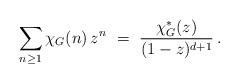
LaTeX: \begin{align*} \sum_{ n \ge 1 } \chi_G(n) \, z^n \ = \ \frac{ \chi^*_G(z) }{ (1-z)^{ d+1 } } \, .\end{align*}